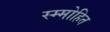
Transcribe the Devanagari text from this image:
स्म्मोहित